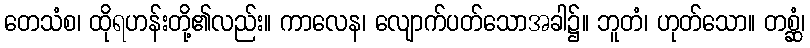
တေသံစ၊ ထိုရဟန်းတို့၏လည်း။ ကာလေန၊ လျောက်ပတ်သောအခါ၌။ ဘူတံ၊ ဟုတ်သော။ တစ္ဆံ၊